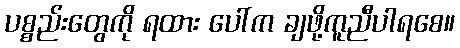
ပစ္စည်းတွေကို ရထား ပေါ်က ချဖို့ကူညီပါရစေ။